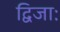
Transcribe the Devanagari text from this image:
द्विजाः